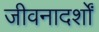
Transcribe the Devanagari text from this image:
जीवनादर्शों